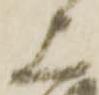
上